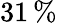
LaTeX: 31\, \%